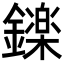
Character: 𮣏